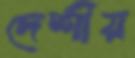
দেশীয়